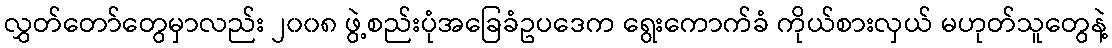
လွှတ်တော်တွေမှာလည်း ၂၀၀၈ ဖွဲ့စည်းပုံအခြေခံဥပဒေက ရွေးကောက်ခံ ကိုယ်စားလှယ် မဟုတ်သူတွေနဲ့